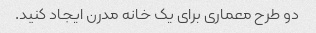
دو طرح معماری برای یک خانه مدرن ایجاد کنید.